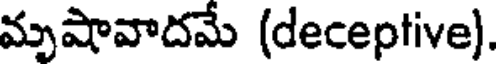
మృషావాదమే (deceptive)